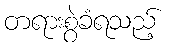
တရားစွဲခံရသည့်